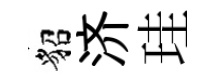
貂济珪